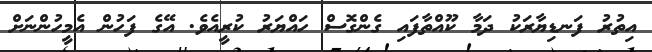
އިތުރު ފަނޑިޔާރަކު ދަމާ ކޫއްތާފައި ގެންގޮސް ހައްޔަރު ކުރީއެވެ. އޭގެ ފަހުން އެމީހުންނަށް